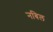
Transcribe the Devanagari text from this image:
नबिल